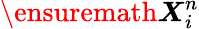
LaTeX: \ensuremath{\boldsymbol{X}}_{i}^{n}